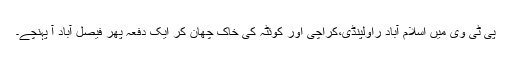
پی ٹی وی میں اسلام آباد راولپنڈی،کراچی اور کوئٹہ کی خاک چھان کر ایک دفعہ پھر فیصل آباد آ پہنچے۔